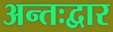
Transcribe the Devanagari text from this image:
अन्तःद्वार